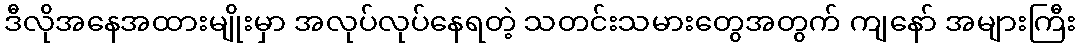
ဒီလိုအနေအထားမျိုးမှာ အလုပ်လုပ်နေရတဲ့ သတင်းသမားတွေအတွက် ကျနော် အများကြီး